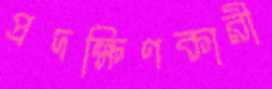
প্রদক্ষিণকারী